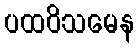
ပထဝိသမေန